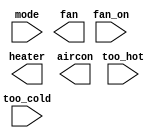
// A heating/cooling thermostat controls both a heater (during winter) and an air conditioner (during summer). 
// Implement a circuit that will turn on and off the heater, air conditioning, and blower fan as appropriate.

// The thermostat can be in one of two modes: heating (mode = 1) and cooling (mode = 0). 
// In heating mode, turn the heater on when it is too cold (too_cold = 1) but do not use the air conditioner. 
// In cooling mode, turn the air conditioner on when it is too hot (too_hot = 1), but do not turn on the heater. 
// When the heater or air conditioner are on, also turn on the fan to circulate the air. 
// In addition, the user can also request the fan to turn on (fan_on = 1), even if the heater and air conditioner are off.

// Try to use only assign statements, to see whether you can translate a problem description into a collection of logic gates.

// Hint: When designing circuits, one often has to think of the problem "backwards", 
// starting from the outputs then working backwards towards the inputs. 

module top_module (
    input too_cold,
    input too_hot,
    input mode,
    input fan_on,
    output heater,
    output aircon,
    output fan
); 

	//Insert your code here

endmodule